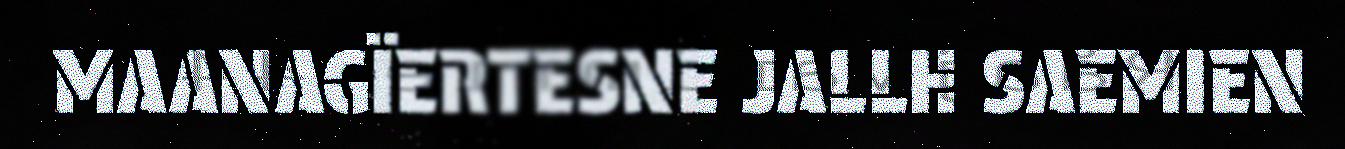
MAANAGÏERTESNE JALLH SAEMIEN